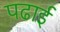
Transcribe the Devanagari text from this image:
पढार्इ